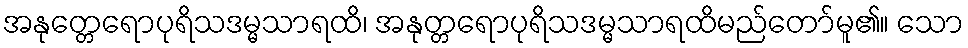
အနုတ္တေရောပုရိသဒမ္မသာရထိ၊ အနုတ္တရောပုရိသဒမ္မသာရထိမည်တော်မူ၏။ သော